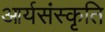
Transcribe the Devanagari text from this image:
आर्यसंस्कृति